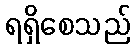
ရရှိစေသည်